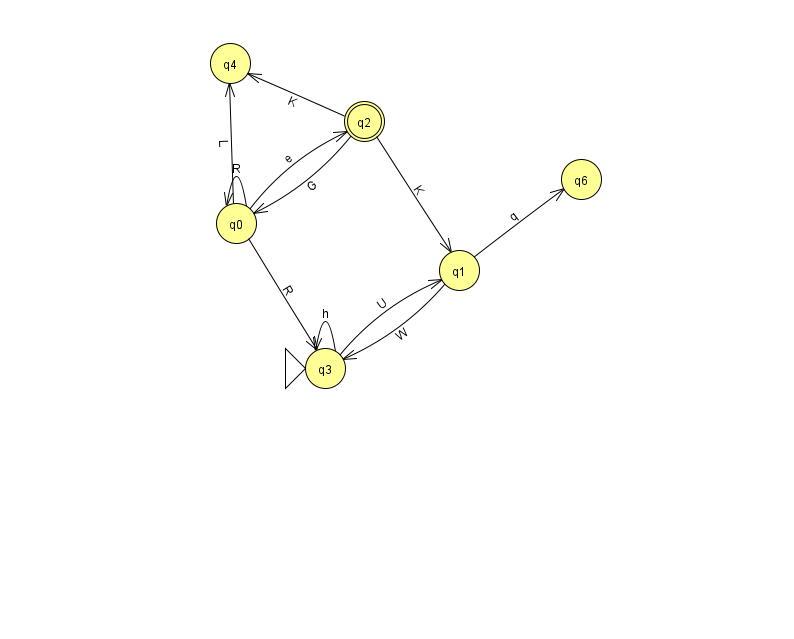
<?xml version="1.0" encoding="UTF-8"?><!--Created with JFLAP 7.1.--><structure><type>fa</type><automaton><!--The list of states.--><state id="0" name="q0"><x>236.0</x><y>210.0</y></state><state id="1" name="q1"><x>459.0</x><y>257.0</y></state><state id="2" name="q2"><x>364.0</x><y>108.0</y><final/></state><state id="3" name="q3"><x>325.0</x><y>355.0</y><initial/></state><state id="4" name="q4"><x>230.0</x><y>50.0</y></state><state id="6" name="q6"><x>581.0</x><y>166.0</y></state><!--The list of transitions.--><transition><from>0</from><to>0</to><read>R</read></transition><transition><from>0</from><to>2</to><read>e</read></transition><transition><from>2</from><to>0</to><read>G</read></transition><transition><from>1</from><to>6</to><read>q</read></transition><transition><from>0</from><to>4</to><read>L</read></transition><transition><from>2</from><to>1</to><read>K</read></transition><transition><from>3</from><to>3</to><read>h</read></transition><transition><from>3</from><to>1</to><read>U</read></transition><transition><from>1</from><to>3</to><read>W</read></transition><transition><from>0</from><to>3</to><read>R</read></transition><transition><from>2</from><to>4</to><read>K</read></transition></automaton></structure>